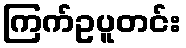
ကြက်ဥပူတင်း